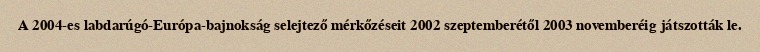
A 2004-es labdarúgó-Európa-bajnokság selejtező mérkőzéseit 2002 szeptemberétől 2003 novemberéig játszották le.